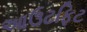
આઉટફિટ